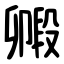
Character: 毈